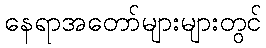
နေရာအတော်များများတွင်